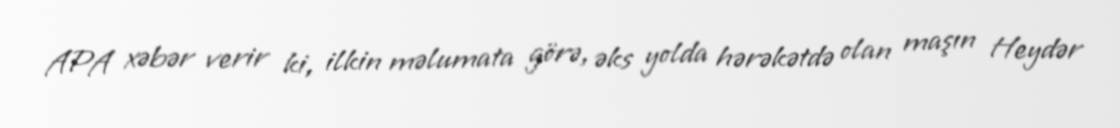
APA xəbər verir ki, ilkin məlumata görə, əks yolda hərəkətdə olan maşın Heydər